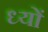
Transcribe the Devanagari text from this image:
ध्यों